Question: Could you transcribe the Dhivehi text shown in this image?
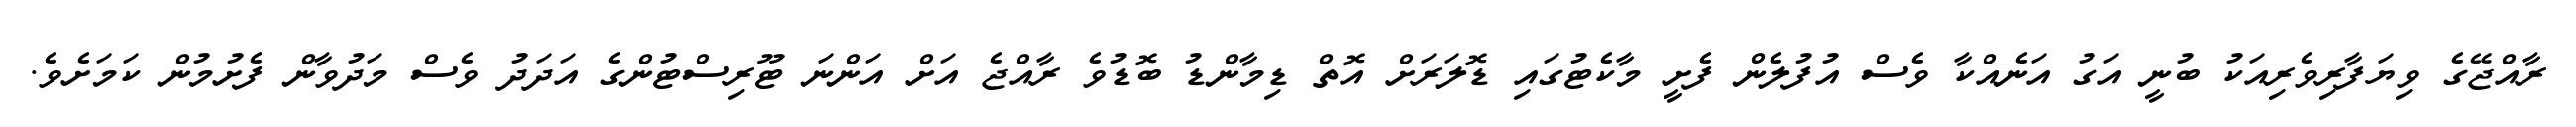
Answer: ރާއްޖޭގެ ވިޔަފާރިވެރިއަކު ބުނީ އަގު އަނެއްކާ ވެސް އުފުލެން ފެށީ މާކެޓުގައި ޑޮލަރަށް އޮތް ޑިމާންޑު ބޮޑުވެ ރާއްޖެ އަށް އަންނަ ޓޫރިސްޓުންގެ އަދަދު ވެސް މަދުވާން ފެށުމުން ކަމަށެވެ.